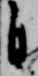
自